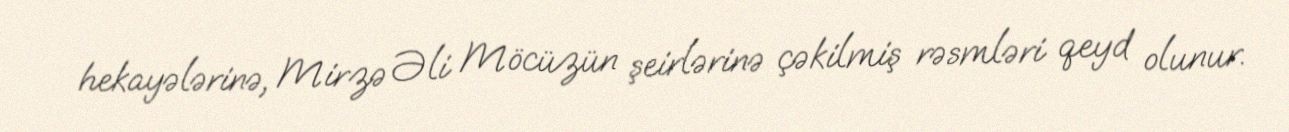
hekayələrinə, Mirzə Əli Möcüzün şeirlərinə çəkilmiş rəsmləri qeyd olunur.